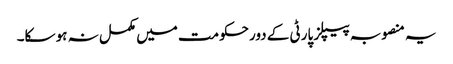
یہ منصوبہ پیپلز پارٹی کے دورحکومت میں مکمل نہ ہو سکا۔